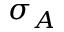
\sigma _ { A }